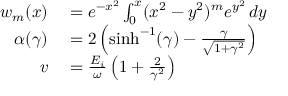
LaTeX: \begin{array} { r l } { w _ { m } ( x ) } & { { } = e ^ { - x ^ { 2 } } \int _ { 0 } ^ { x } ( x ^ { 2 } - y ^ { 2 } ) ^ { m } e ^ { y ^ { 2 } } \, d y } \\ { \alpha ( \gamma ) } & { { } = 2 \left( \sinh ^ { - 1 } ( \gamma ) - { \frac { \gamma } { \sqrt { 1 + \gamma ^ { 2 } } } } \right) } \\ { v } & { { } = { \frac { E _ { i } } { \omega } } \left( 1 + { \frac { 2 } { \gamma ^ { 2 } } } \right) } \end{array}